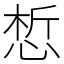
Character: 惁